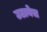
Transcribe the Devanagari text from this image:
उठायेस